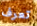
تعرف